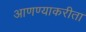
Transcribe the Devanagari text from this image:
आणण्याकरीता